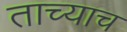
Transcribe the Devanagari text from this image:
ताच्याच